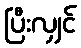
ပြီးလျှင်